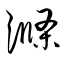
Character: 滌